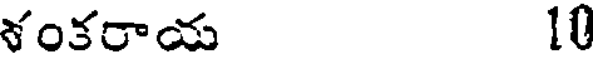
శంకరాయ 10